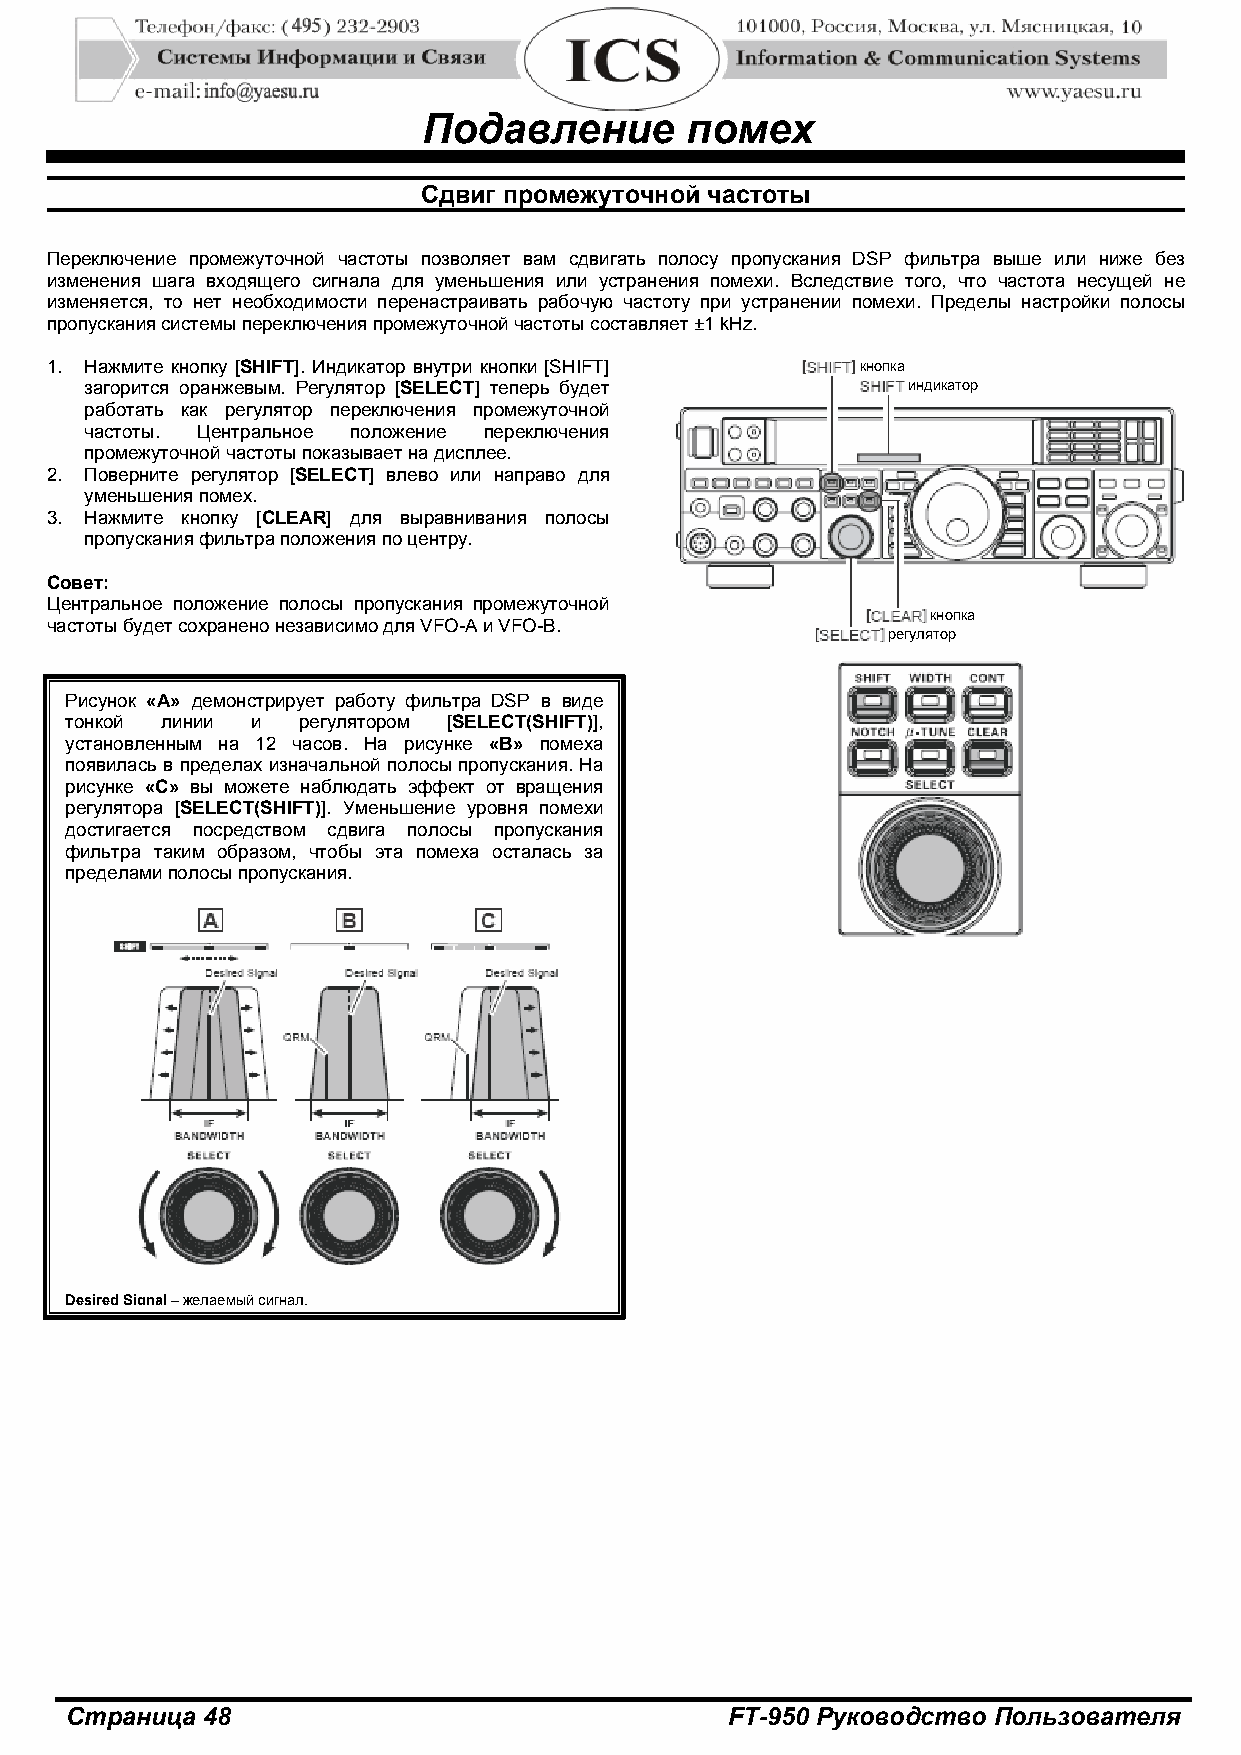
Подавление       помех
 Сдвиг промежуточной частоты
 Переключение промежуточной частоты позволяет вам сдвигать полосу пропускания DSP фильтра выше или ниже без
 изменения шага входящего сигнала для уменьшения или устранения помехи. Вследствие того, что частота несущей не
 изменяется, то нет необходимости перенастраивать рабочую частоту при устранении помехи. Пределы настройки полосы
 пропускания системы переключения промежуточной частоты составляет ±1 kHz.
 1. Нажмите кнопку [SHIFT]. Индикатор внутри кнопки [SHIFT] кнопка
 загорится оранжевым. Регулятор [SELECT] теперь будет  индикатор
 работать как регулятор переключения промежуточной
 частоты. Центральное положение переключения
 промежуточной частоты показывает на дисплее.
 2. Поверните регулятор [SELECT] влево или направо для
 уменьшения помех.
 3. Нажмите кнопку [CLEAR] для выравнивания полосы
 пропускания фильтра положения по центру.
 Совет:
 Центральное положение полосы пропускания промежуточной
 кнопка
 частоты будет сохранено независимо для VFO-A и VFO-B.
 регулятор
 Рисунок «А» демонстрирует работу фильтра DSP в виде
 тонкой линии и  регулятором [SELECT(SHIFT)],
 установленным на 12 часов. На рисунке «В» помеха
 появилась в пределах изначальной полосы пропускания. На
 рисунке «С» вы можете наблюдать эффект от вращения
 регулятора [SELECT(SHIFT)]. Уменьшение уровня помехи
 достигается посредством сдвига полосы пропускания
 фильтра таким образом, чтобы эта помеха осталась за
 пределами полосы пропускания.
 DesiredSignal–желаемыйсигнал.
 Страница 48                                 FT-950 Руководство Пользователя